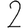
Digit: 2